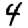
Digit: 4